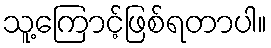
သူ့ကြောင့်ဖြစ်ရတာပါ။